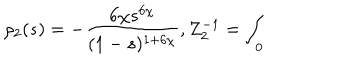
\rho _ { 2 } ( s ) = - \frac { 6 \chi s ^ { 6 \chi } } { ( 1 - s ) ^ { 1 + 6 \chi } } , Z _ { 2 } ^ { - 1 } = \int _ { 0 }